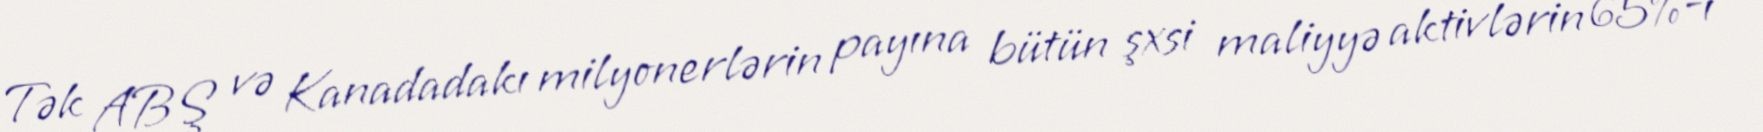
Tək ABŞ və Kanadadakı milyonerlərin payına bütün şxsi maliyyə aktivlərin 65%-i